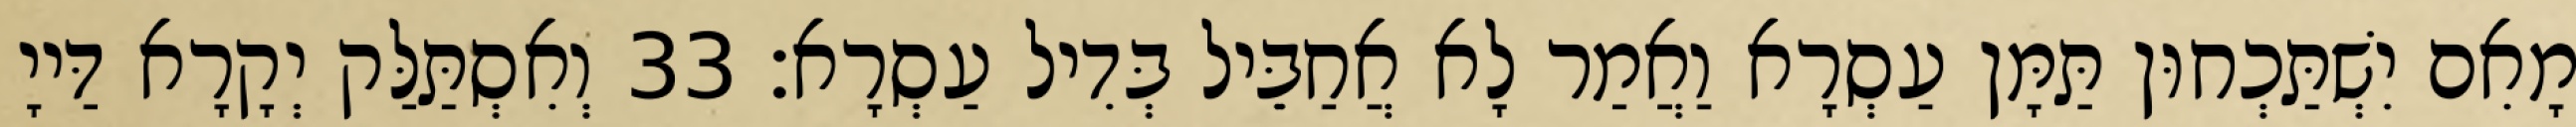
מָאִם יִשְׁתַּכְחוּן תַּמָּן עַסְרָא וַאֲמַר לָא אֲחַבֵּיל בְּדִיל עַסְרָא׃ 33 וְאִסְתַּלַּק יְקָרָא דַּייָ